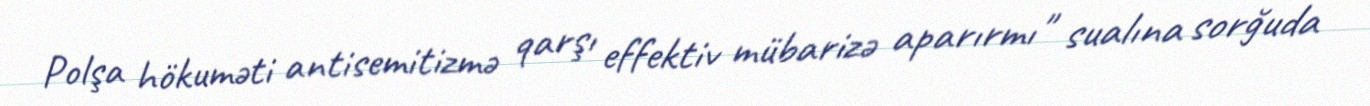
Polşa hökuməti antisemitizmə qarşı effektiv mübarizə aparırmı" sualına sorğuda